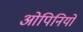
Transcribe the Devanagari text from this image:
ओपिनियों